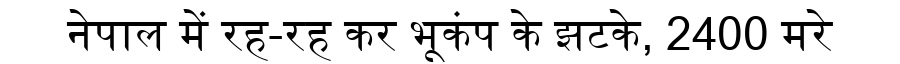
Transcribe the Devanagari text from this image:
नेपाल में रह-रह कर भूकंप के झटके, 2400 मरे